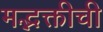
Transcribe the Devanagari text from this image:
मद्भक्तीची